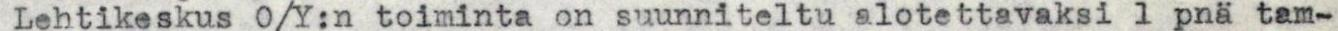
Lehtikeskus O/Y:n toiminta on suunniteltu alotettavaksi 1 pnä tam-